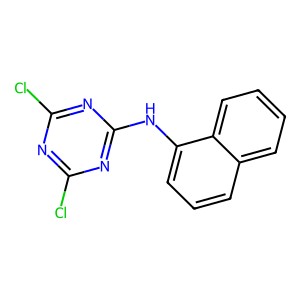
SMILES: Clc1nc(Cl)nc(Nc2cccc3ccccc23)n1
Inhibits HIV replication: No